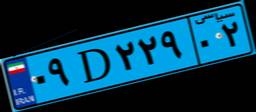
۰۹D۲۲۹۰۲